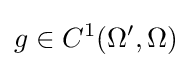
g\in C^{1}(\Omega ',\Omega )